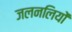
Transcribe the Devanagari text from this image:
जलनलियों